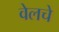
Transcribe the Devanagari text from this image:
वेलचे